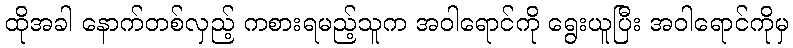
ထိုအခါ နောက်တစ်လှည့် ကစားရမည့်သူက အဝါရောင်ကို ရွေးယူပြီး အဝါရောင်ကိုမှ